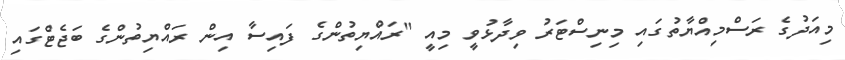
މިއަދުގެ ރަސްމިއްޔާތުގައި މިނިސްޓަރު ވިދާޅުވީ މިއީ "ރައްޔިތުންގެ ފައިސާ އިން ރައްޔިތުންގެ ބަޖެޓްގައި